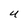
Character: U